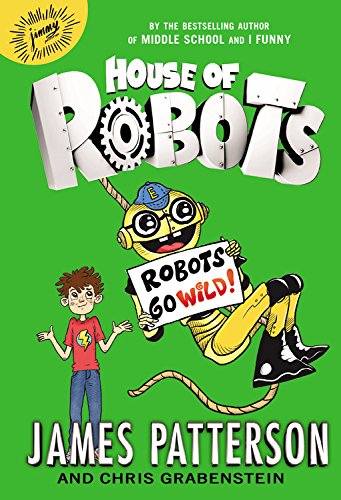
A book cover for House of Robots: Robots Go Wild!; James Patterson; Children's Books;